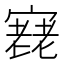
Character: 𡪰